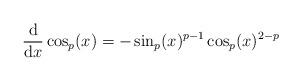
LaTeX: \begin{align*}\frac{\mathrm{d}}{\mathrm{d}x}\cos_p(x)=-\sin_p(x)^{p-1} \cos_p(x)^{2-p}\end{align*}